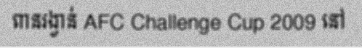
ពានរង្វាន់ AFC Challenge Cup 2009 នៅ